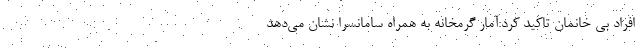
افراد بی خانمان تاکید کرد:آمار گرمخانه به همراه سامانسرا نشان می‌دهد